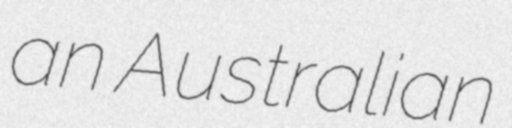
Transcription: an Australian